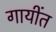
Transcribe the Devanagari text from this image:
गायींत